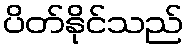
ပိတ်နိုင်သည်